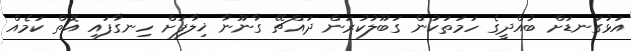
އަޅުގަނޑަށް ބުއްދީގެ ހަމަތަކުން ގަބޫލުކުރަން ދައްޗޭ ގާނޫނާ ޚިލާފަށް ހިނގާފައި އޮތް ކަމެއް